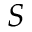
S